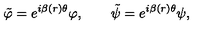
\tilde { \varphi } = e ^ { i \beta ( r ) \theta } \varphi , \qquad \tilde { \psi } = e ^ { i \beta ( r ) \theta } \psi ,